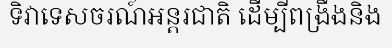
ទិវាទេសចរណ៍អន្តរជាតិ ដើម្បីពង្រឹងនិង